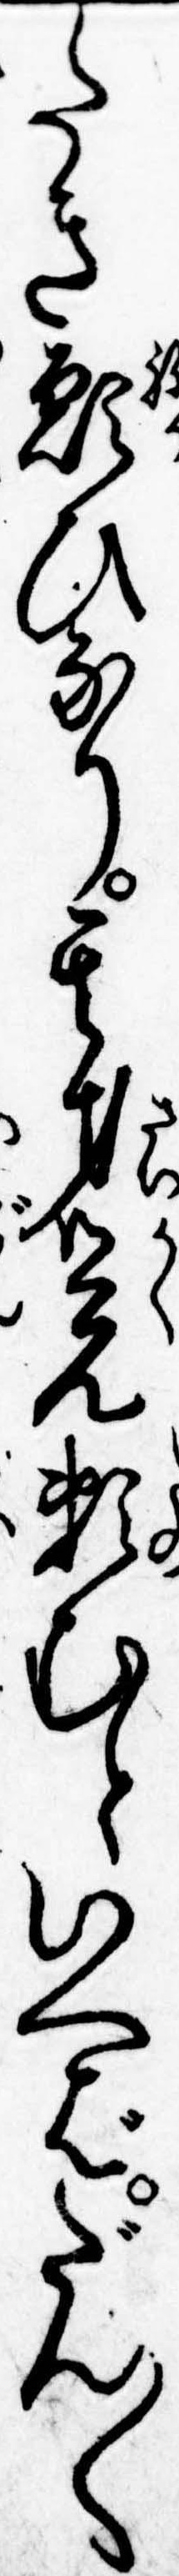
たき願ひなり其才覚頼むといへばだん〱